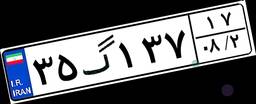
۳۵گ۱۳۷۱۷